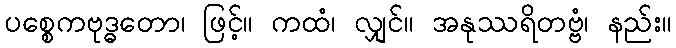
ပစ္စေကဗုဒ္ဓတော၊ ဖြင့်။ ကထံ၊ လျှင်။ အနုဿရိတဗ္ဗံ၊ နည်း။